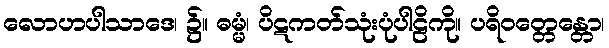
လောဟပါသာဒေ၊ ၌။ ဓမ္မံ၊ ပိဋကတ်သုံးပုံပါဠိကို။ ပရိဝတ္တေန္တော၊